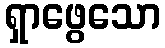
ရှာဖွေသော